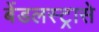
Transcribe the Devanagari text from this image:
बेंडलस्ट्रासे